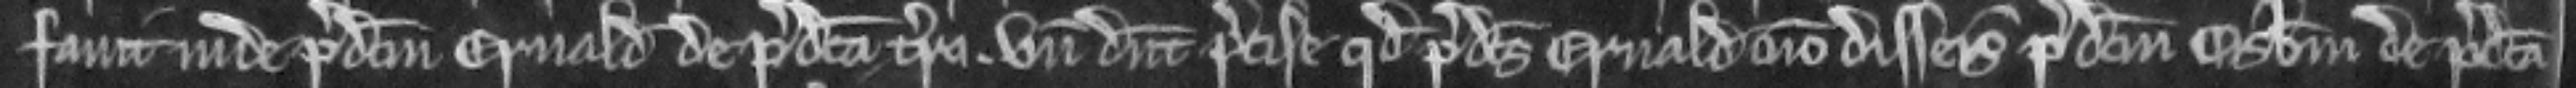
favit inde predictum Ernaldum de predicta terra. unde dicunt precise quod predictus Ernaldus non disseisivit predictum Osbertum de predicta.